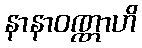
နာနာဝဏ္ဏာဟိ